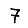
Digit: 7